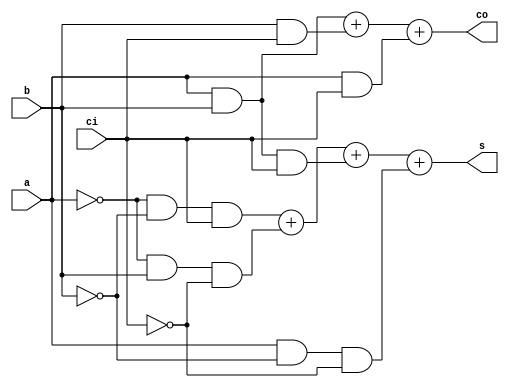
module FullAdder(
    input a,
    input b,
    input ci,
    output s,
    output co
    );

    assign s = (~a & ~b & ci) + (~a & b & ~ci) + (a & b & ci) + (a & ~b & ~ci); 
    assign co = (a & b) + (b & ci) + (a & ci);
endmodule